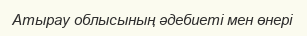
Атырау облысының әдебиеті мен өнері